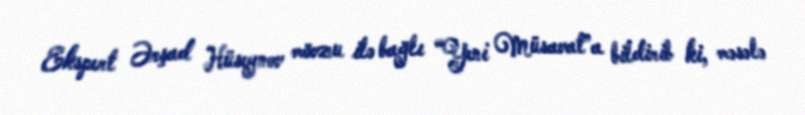
Ekspert Ərşad Hüseynov mövzu ilə bağlı “Yeni Müsavat”a bildirib ki, məsələ